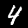
Label: 4